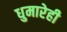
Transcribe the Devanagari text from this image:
धुमारेही